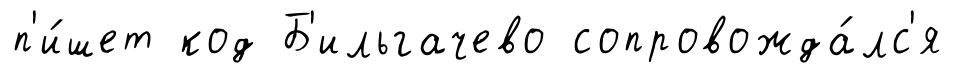
п'и́шет код Б'ильгачево сопровожда́лс'я